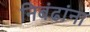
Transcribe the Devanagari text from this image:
निबंढांना